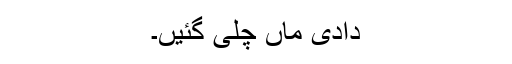
دادی ماں چلی گئیں۔